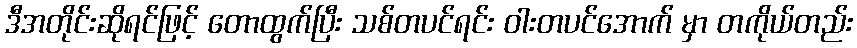
ဒီအတိုင်းဆိုရင်ဖြင့် တောထွက်ပြီး သစ်တပင်ရင်း ဝါးတပင်အောက် မှာ တကိုယ်တည်း